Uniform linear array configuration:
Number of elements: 12
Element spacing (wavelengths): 0.75
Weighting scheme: blackman
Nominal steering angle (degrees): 0
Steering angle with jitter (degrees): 0.5954
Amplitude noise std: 0.05
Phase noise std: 0.05

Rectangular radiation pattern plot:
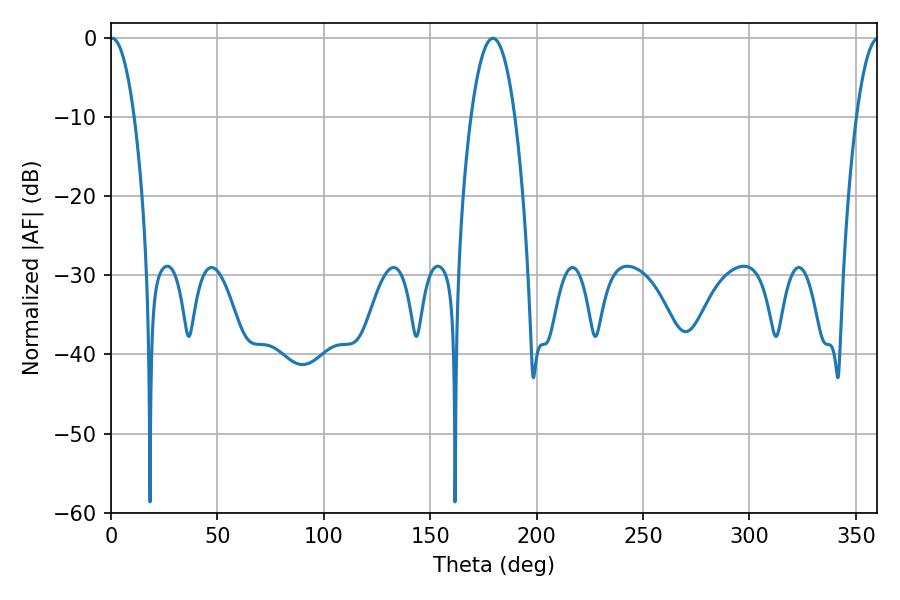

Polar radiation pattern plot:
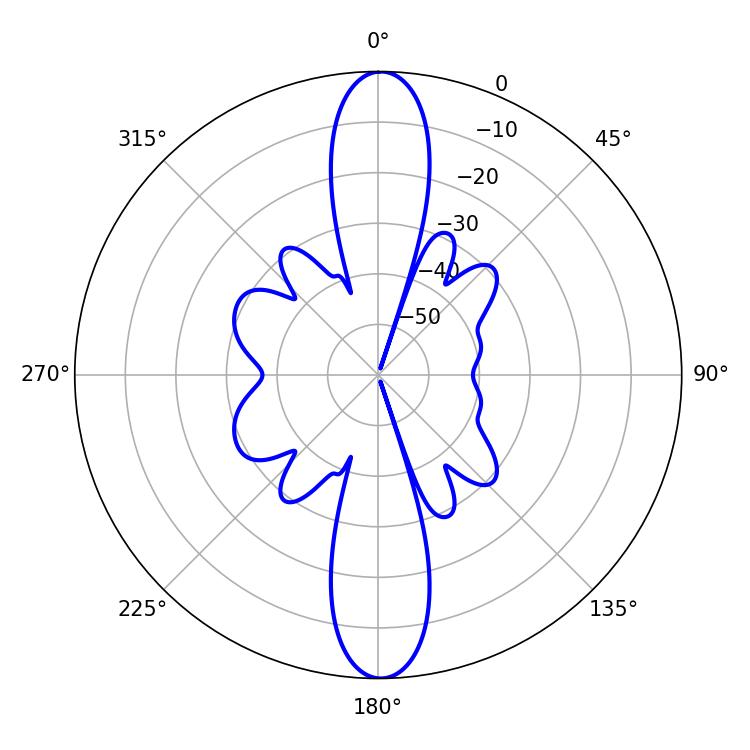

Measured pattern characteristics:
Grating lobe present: TRUE
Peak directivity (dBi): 27.487
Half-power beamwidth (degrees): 6.3
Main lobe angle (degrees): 0.54